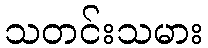
သတင်းသမား